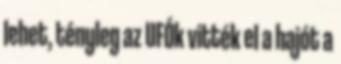
lehet, tényleg az UFÓk vitték el a hajót a